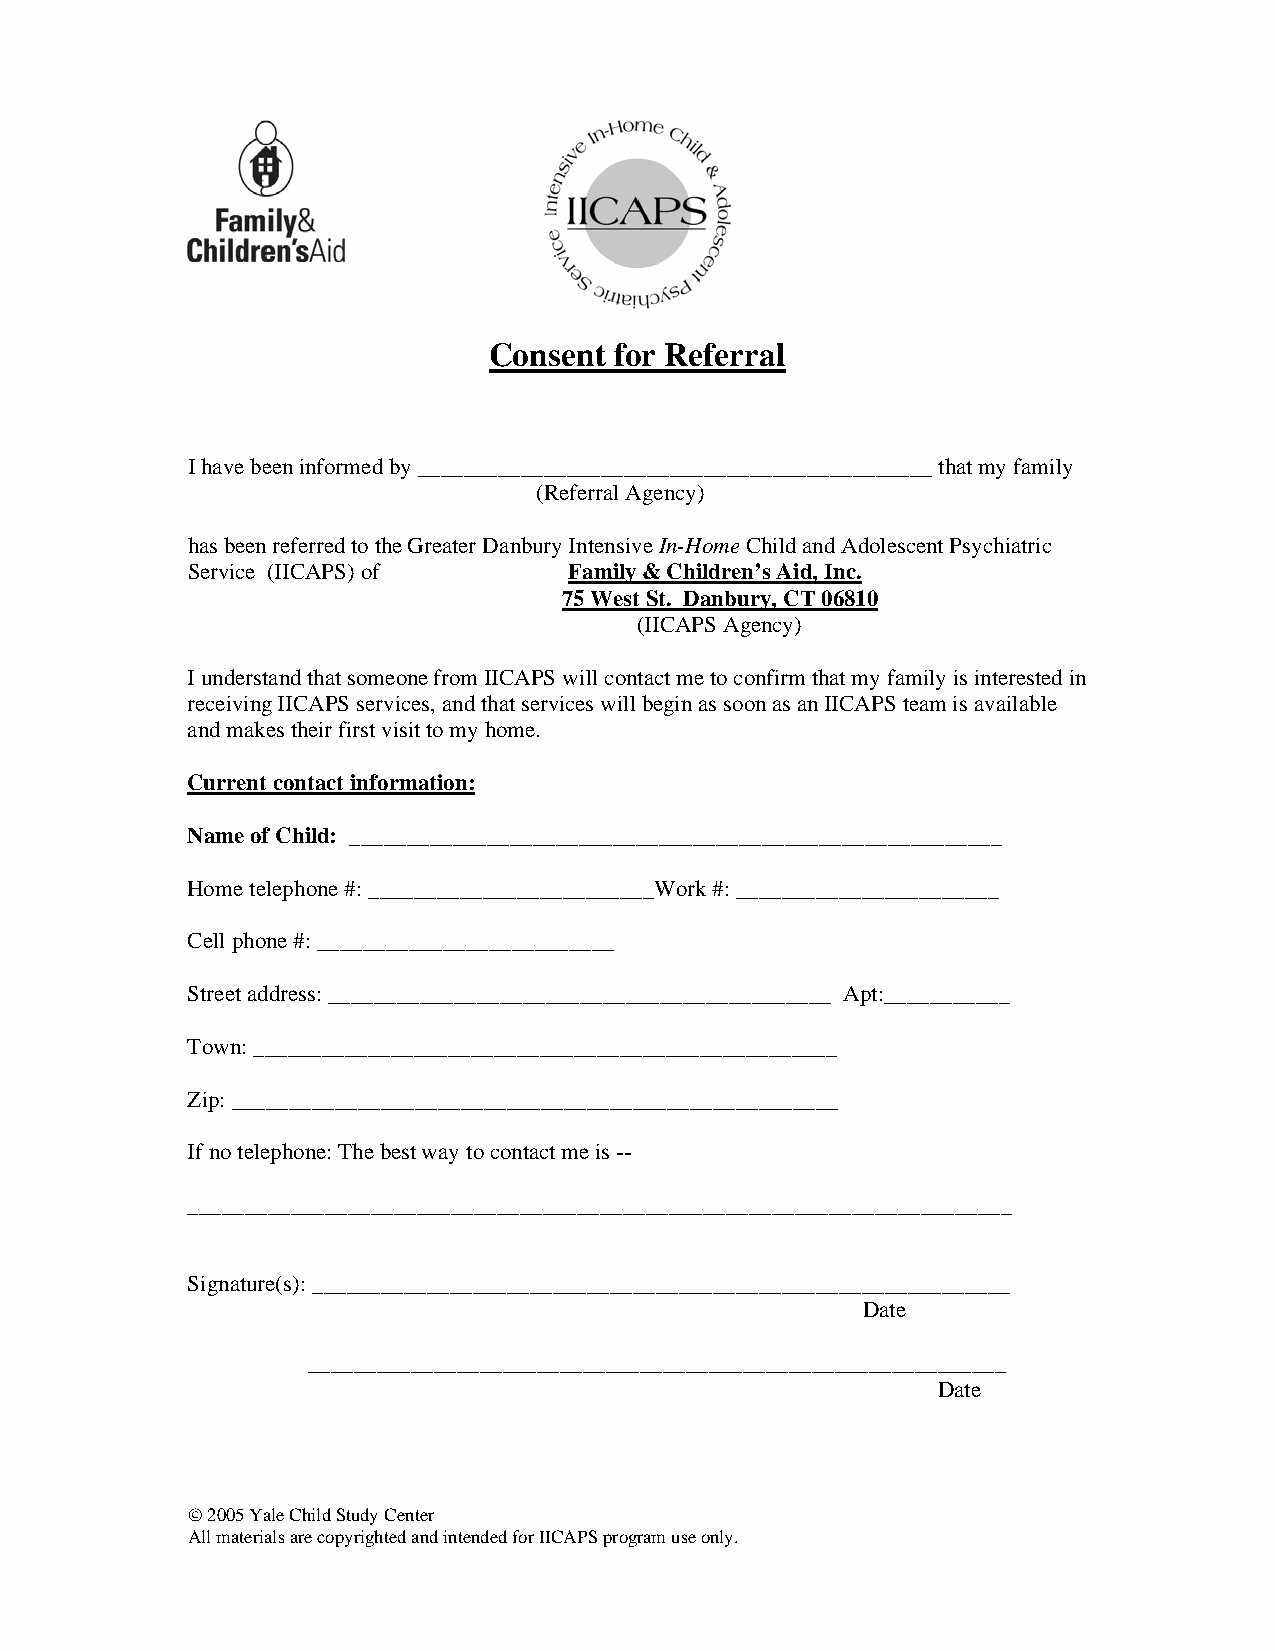
Consent  for Referral
 I have been informed by _____________________________________________ that my family
 (Referral Agency)
 has been referred to the Greater Danbury Intensive In-Home Child and Adolescent Psychiatric
 Service (IICAPS) of       Family & Children’s Aid, Inc.
 75 West St. Danbury, CT 06810
 (IICAPS Agency)
 I understand that someone from IICAPS will contact me to confirm that my family is interested in
 receiving IICAPS services, and that services will begin as soon as an IICAPS team is available
 and makes their first visit to my home.
 Current contact information:
 Name of Child: _________________________________________________________
 Home telephone #: _________________________Work #: _______________________
 Cell phone #: __________________________
 Street address: ____________________________________________ Apt:___________
 Town: ___________________________________________________
 Zip: _____________________________________________________
 If no telephone: The best way to contact me is --
 ________________________________________________________________________
 Signature(s): _____________________________________________________________
 Date
 _____________________________________________________________
 Date
 © 2005 Yale Child Study Center
 All materials are copyrighted and intended for IICAPS program use only.